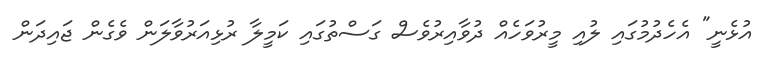
އުޅެނީ" އެހެދުމުގައި ލުއި މީރުވަހެއް ދުވާއިރުވެސް ގަސްތުގައި ކަމީލާ ރުޅިއަރުވާލަން ވެގެން ޖައިދަން